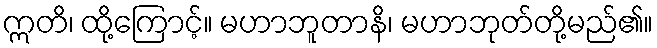
ဣတိ၊ ထို့ကြောင့်။ မဟာဘူတာနိ၊ မဟာဘုတ်တို့မည်၏။